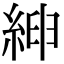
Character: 𦁴